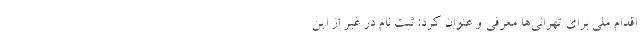
اقدام ملی برای تهرانی‌ها معرفی و عنوان کرد: ثبت نام در غیر از این